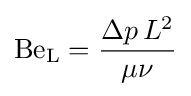
\mathrm {Be_{L}} ={\frac {\Delta p\,L^{2}}{\mu \nu }}